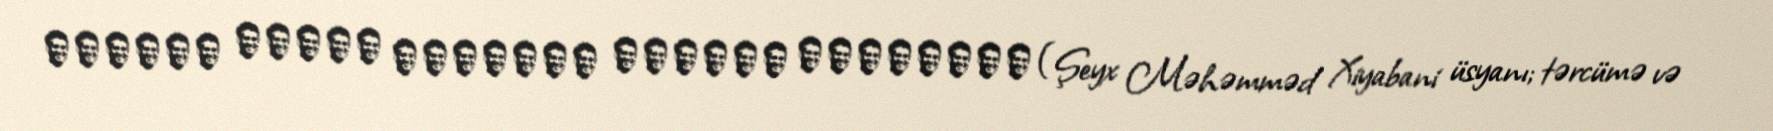
ترجمهٔ مقدمه محمدعلی همایون کاتوزیان (Şeyx Məhəmməd Xiyabani üsyanı; tərcümə və